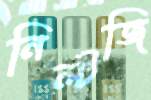
নিল্টজি